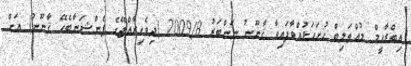
އިބްރާހީމް މުއްޠަލިބް ހުށަހަޅުއްވާފައިވާ ޤާނޫނު ނަންބަރު 2009/8 (ދިވެހިރާއްޖޭގެ ޕެންޝަނާބެހޭ ޤާނޫނު) އަށް